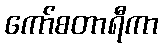
ကော်စတာရီကာ